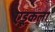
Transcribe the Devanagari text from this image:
एडूकला